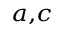
^ { a , c }